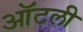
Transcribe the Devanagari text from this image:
ऑटली